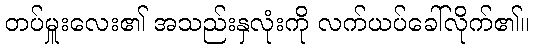
တပ်မှူးလေး၏ အသည်းနှလုံးကို လက်ယပ်ခေါ်လိုက်၏။